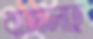
বাঙ্গালাহ্র